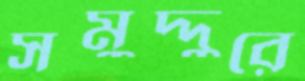
সমুদ্দুরে